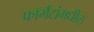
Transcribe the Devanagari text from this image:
फॉर्मॅटांमधील